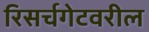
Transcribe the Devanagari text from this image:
रिसर्चगेटवरील